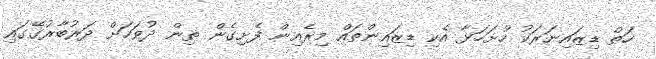
ހަތް ޑިޒައިނަރަކު ހުށަހަޅާ އެކި ޑިޒައިންތައް މިރެއިން ފެށިގެން ތިން ދުވަހަށް ދަރުބާރުގޭގައި